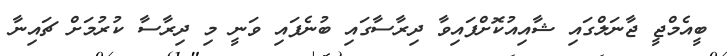
ބީއެމްޖީ ޖާނަލްގައި ޝާއިއުކޮށްފައިވާ ދިރާސާގައި ބުނެފައި ވަނީ މި ދިރާސާ ކުރުމަށް ޗައިނާ